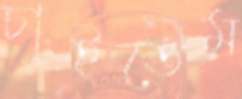
চাইতেম